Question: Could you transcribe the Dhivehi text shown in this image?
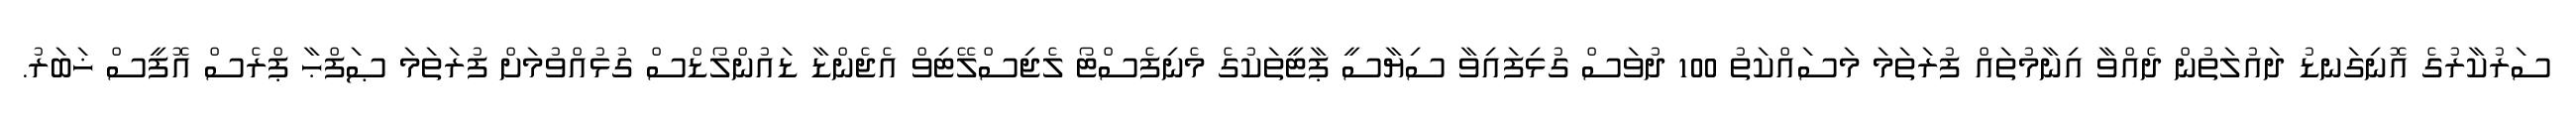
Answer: ސަރުކާރުގެ އޮނިގަނޑު ދައުލަތުން ދެއްވާ އިނާމުތައް ފުރަތަމަ މަސައްކަތު 100 ދުވަސް ގުޅިފައިވާ ސިޔާސީ ޕާޓީތަކުގެ މެނިފެސްޓޯ ލެޖިސްލޭޓިވް އެޖެންޑާ ޑައުންލޯޑްސް ގުޅުއްވުމަށް ފުރަތަމަ ޞަފްޙާ ޕްރެސް އޮފީސް ޚަބަރު.